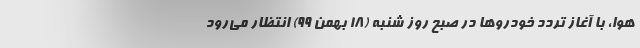
هوا، با آغاز تردد خودروها در صبح روز شنبه (۱۸ بهمن ۹۹) انتظار می‌رود